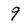
Character: 9